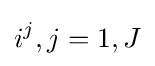
{i^{j},j=1,J}